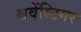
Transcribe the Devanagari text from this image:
श्चवेंस्टिगर